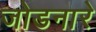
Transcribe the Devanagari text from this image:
जोडनारे